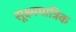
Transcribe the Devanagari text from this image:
सूक्ष्ममात्रिक